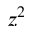
z ^ { 2 }